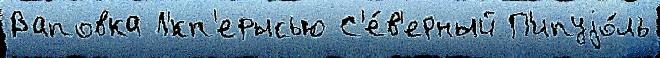
Ваповка Л'́кп'ерысью С'е́в'ерный П'ипуjо́ль